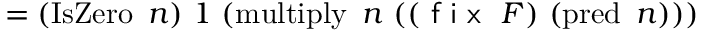
= ( \operatorname { I s Z e r o } \ n ) \ 1 \ ( \operatorname { m u l t i p l y } \ n \ ( ( { \textsf { f i x } } \ F ) \ ( \operatorname { p r e d } \ n ) ) )